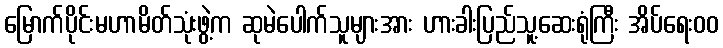
မြောက်ပိုင်းမဟာမိတ်သုံးဖွဲ့က ဆုမဲပေါက်သူများအား ဟားခါးပြည်သူ့ဆေးရုံကြီး အိပ်ရေးဝဝ